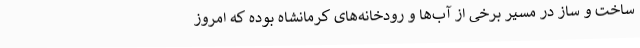
ساخت و ساز در مسیر برخی از آب‌ها و رودخانه‌های کرمانشاه بوده که امروز